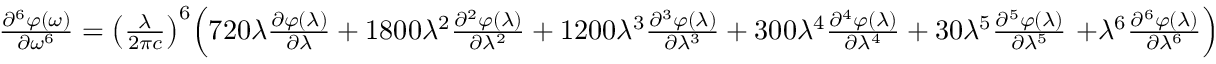
{ \begin{array} { l } { { \frac { { \partial } ^ { 6 } \varphi \mathrm { ( } \omega \mathrm { ) } } { \partial { \omega } ^ { \mathrm { 6 } } } } = { \left( { \frac { \lambda } { \mathrm { 2 } \pi c } } \right) } ^ { \mathrm { 6 } } { \Bigl ( } \mathrm { 7 2 0 } \lambda { \frac { \partial \varphi \mathrm { ( } \lambda \mathrm { ) } } { \partial \lambda } } + \mathrm { 1 8 0 0 } { \lambda } ^ { \mathrm { 2 } } { \frac { { \partial } ^ { 2 } \varphi \mathrm { ( } \lambda \mathrm { ) } } { \partial { \lambda } ^ { \mathrm { 2 } } } } + \mathrm { 1 2 0 0 } { \lambda } ^ { \mathrm { 3 } } { \frac { { \partial } ^ { 3 } \varphi \mathrm { ( } \lambda \mathrm { ) } } { \partial { \lambda } ^ { \mathrm { 3 } } } } + \mathrm { 3 0 0 } { \lambda } ^ { \mathrm { 4 } } { \frac { { \partial } ^ { 4 } \varphi \mathrm { ( } \lambda \mathrm { ) } } { \partial { \lambda } ^ { \mathrm { 4 } } } } + \mathrm { 3 0 } { \lambda } ^ { \mathrm { 5 } } { \frac { { \partial } ^ { 5 } \varphi \mathrm { ( } \lambda \mathrm { ) } } { \partial { \lambda } ^ { \mathrm { 5 } } } } \mathrm { \ + } { \lambda } ^ { \mathrm { 6 } } { \frac { { \partial } ^ { 6 } \varphi \mathrm { ( } \lambda \mathrm { ) } } { \partial { \lambda } ^ { \mathrm { 6 } } } } { \Bigr ) } } \end{array} }